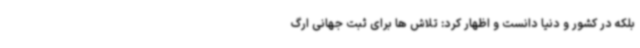
بلکه در کشور و دنیا دانست و اظهار کرد: تلاش ها برای ثبت جهانی ارگ